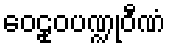
ဝေဠုဝပဏ္ဍုဝီဏံ